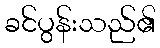
ခင်ပွန်းသည်၏